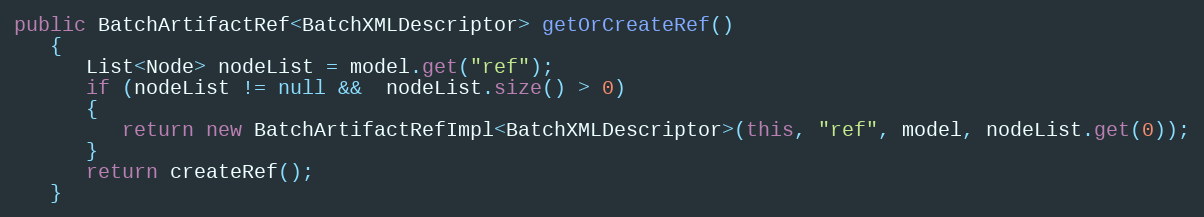
Language: Java
public BatchArtifactRef<BatchXMLDescriptor> getOrCreateRef()
   {
      List<Node> nodeList = model.get("ref");
      if (nodeList != null &&  nodeList.size() > 0)
      {
         return new BatchArtifactRefImpl<BatchXMLDescriptor>(this, "ref", model, nodeList.get(0));
      }
      return createRef();
   }